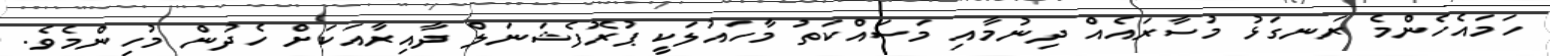
ހަމައެހެންމެ ރަނގަޅު މުސާރައެއް ދިނުމާއި މަސައްކަތު މާހައުލަކީ ޕުރޮފެޝަނަލް ދާއިރާއަކަށް ހެދުން މުހިންމެވެ.